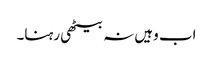
اب وہیں نہ بیٹھی رہنا۔